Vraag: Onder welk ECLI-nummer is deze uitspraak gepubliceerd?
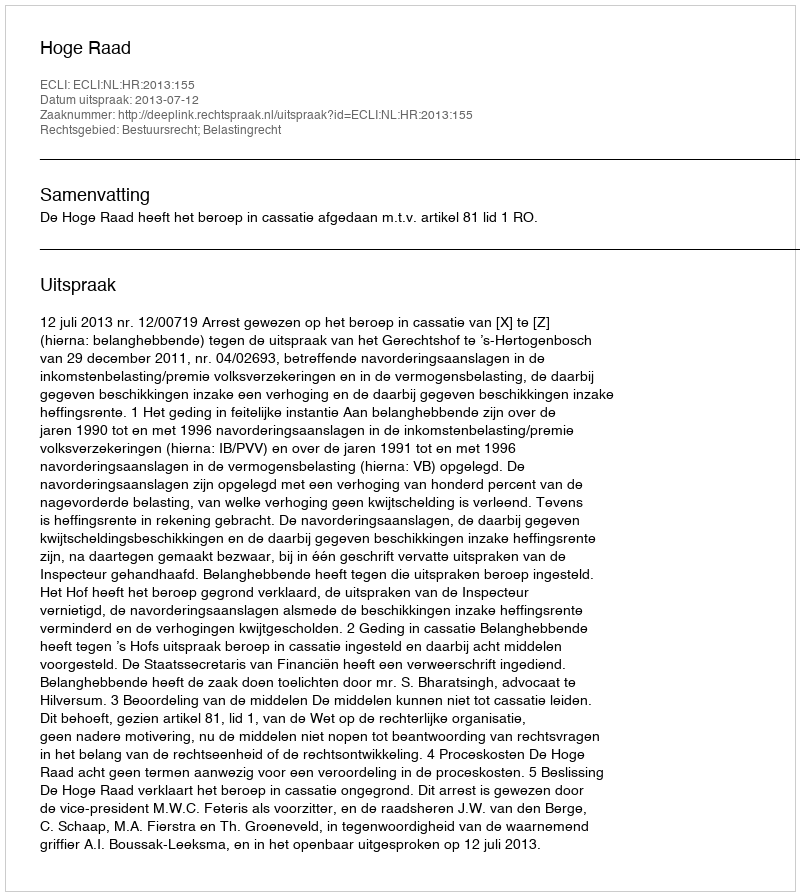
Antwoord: ECLI:NL:HR:2013:155